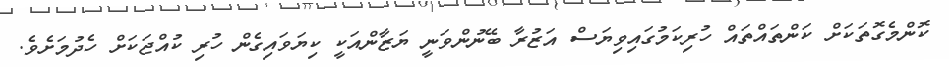
ކޮންމެގޮތަކަށް ކަންތައްތައް ހުރިކަމުގައިވިޔަސް އަޒުރާ ބޭނުންވަނީ ޔަޒާންއަކީ ކިޔަވައިގެން ހުރި ކުއްޖަކަށް ހެދުމަށެވެ.